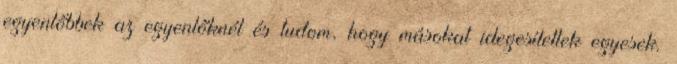
egyenlőbbek az egyenlőknél és tudom, hogy másokat idegesítettek egyesek.